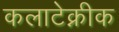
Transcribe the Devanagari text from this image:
कलाटेक्नीक